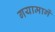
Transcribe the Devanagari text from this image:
गयामार्गे